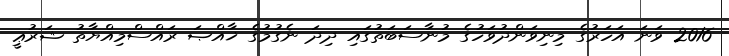
2016 ވަނަ އަހަރުގެ މިނިވަންދުވަހުގެ މުނާސަބަތުގައި ދިދަ ނެގުމުގެ ޚާއްޞަ ރައްސްމިއްޔާތު ޝަރުޢީ